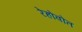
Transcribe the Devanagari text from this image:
रेहोवोत